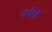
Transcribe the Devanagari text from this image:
क्जेह